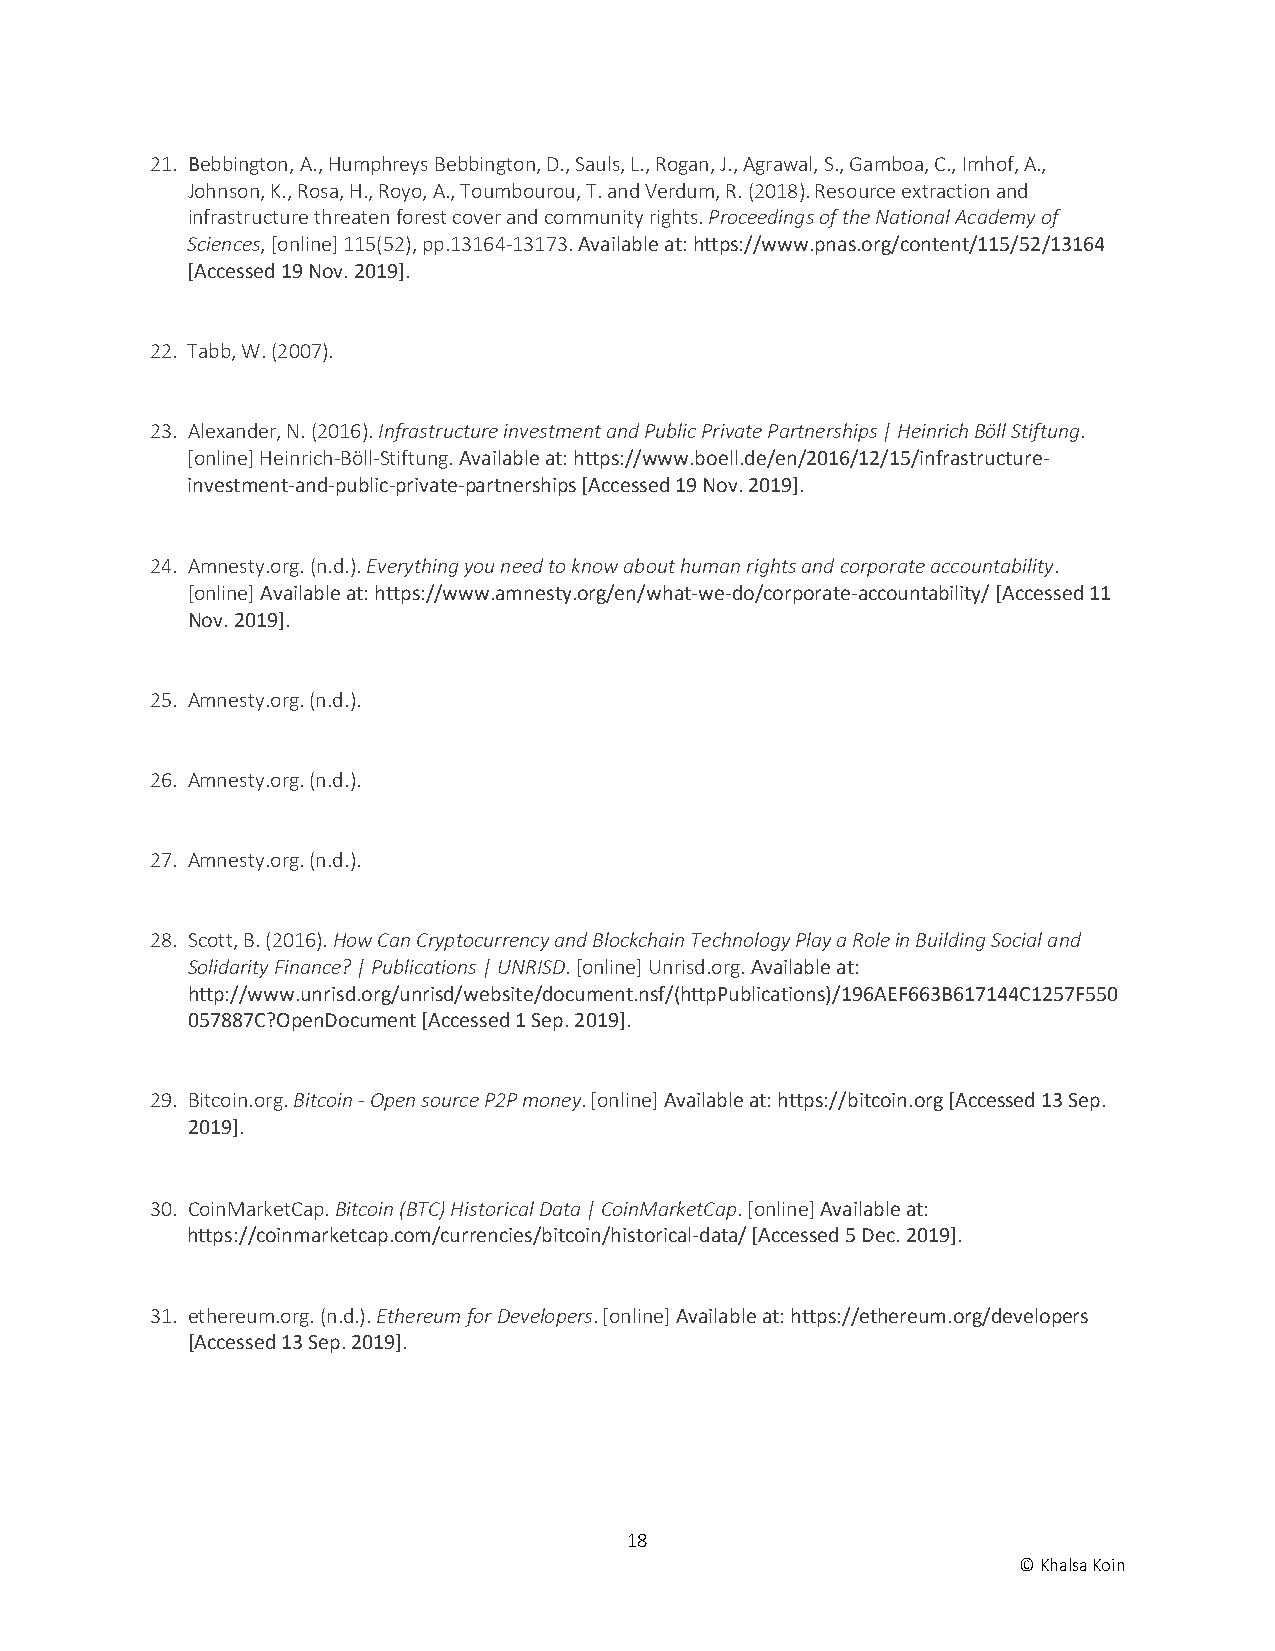
21. Bebbington, A., Humphreys Bebbington, D., Sauls, L., Rogan, J., Agrawal, S., Gamboa, C., Imhof, A.,
 Johnson, K., Rosa, H., Royo, A., Toumbourou, T. and Verdum, R. (2018). Resource extraction and
 infrastructure threaten forest cover and community rights. Proceedings of the National Academy of
 Sciences, [online] 115(52), pp.13164-13173. Available at: https://www.pnas.org/content/115/52/13164
 [Accessed 19 Nov. 2019].
 22. Tabb, W. (2007).
 23. Alexander, N. (2016). Infrastructure investment and Public Private Partnerships | Heinrich Böll Stiftung.
 [online] Heinrich-Böll-Stiftung. Available at: https://www.boell.de/en/2016/12/15/infrastructure-
 investment-and-public-private-partnerships [Accessed 19 Nov. 2019].
 24. Amnesty.org. (n.d.). Everything you need to know about human rights and corporate accountability.
 [online] Available at: https://www.amnesty.org/en/what-we-do/corporate-accountability/ [Accessed 11
 Nov. 2019].
 25. Amnesty.org. (n.d.).
 26. Amnesty.org. (n.d.).
 27. Amnesty.org. (n.d.).
 28. Scott, B. (2016). How Can Cryptocurrency and Blockchain Technology Play a Role in Building Social and
 Solidarity Finance? | Publications | UNRISD. [online] Unrisd.org. Available at:
 http://www.unrisd.org/unrisd/website/document.nsf/(httpPublications)/196AEF663B617144C1257F550
 057887C?OpenDocument [Accessed 1 Sep. 2019].
 29. Bitcoin.org. Bitcoin - Open source P2P money. [online] Available at: https://bitcoin.org [Accessed 13 Sep.
 2019].
 30. CoinMarketCap. Bitcoin (BTC) Historical Data | CoinMarketCap. [online] Available at:
 https://coinmarketcap.com/currencies/bitcoin/historical-data/ [Accessed 5 Dec. 2019].
 31. ethereum.org. (n.d.). Ethereum for Developers. [online] Available at: https://ethereum.org/developers
 [Accessed 13 Sep. 2019].
 18
 © Khalsa Koin